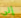
إلى